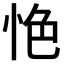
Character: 𢙚